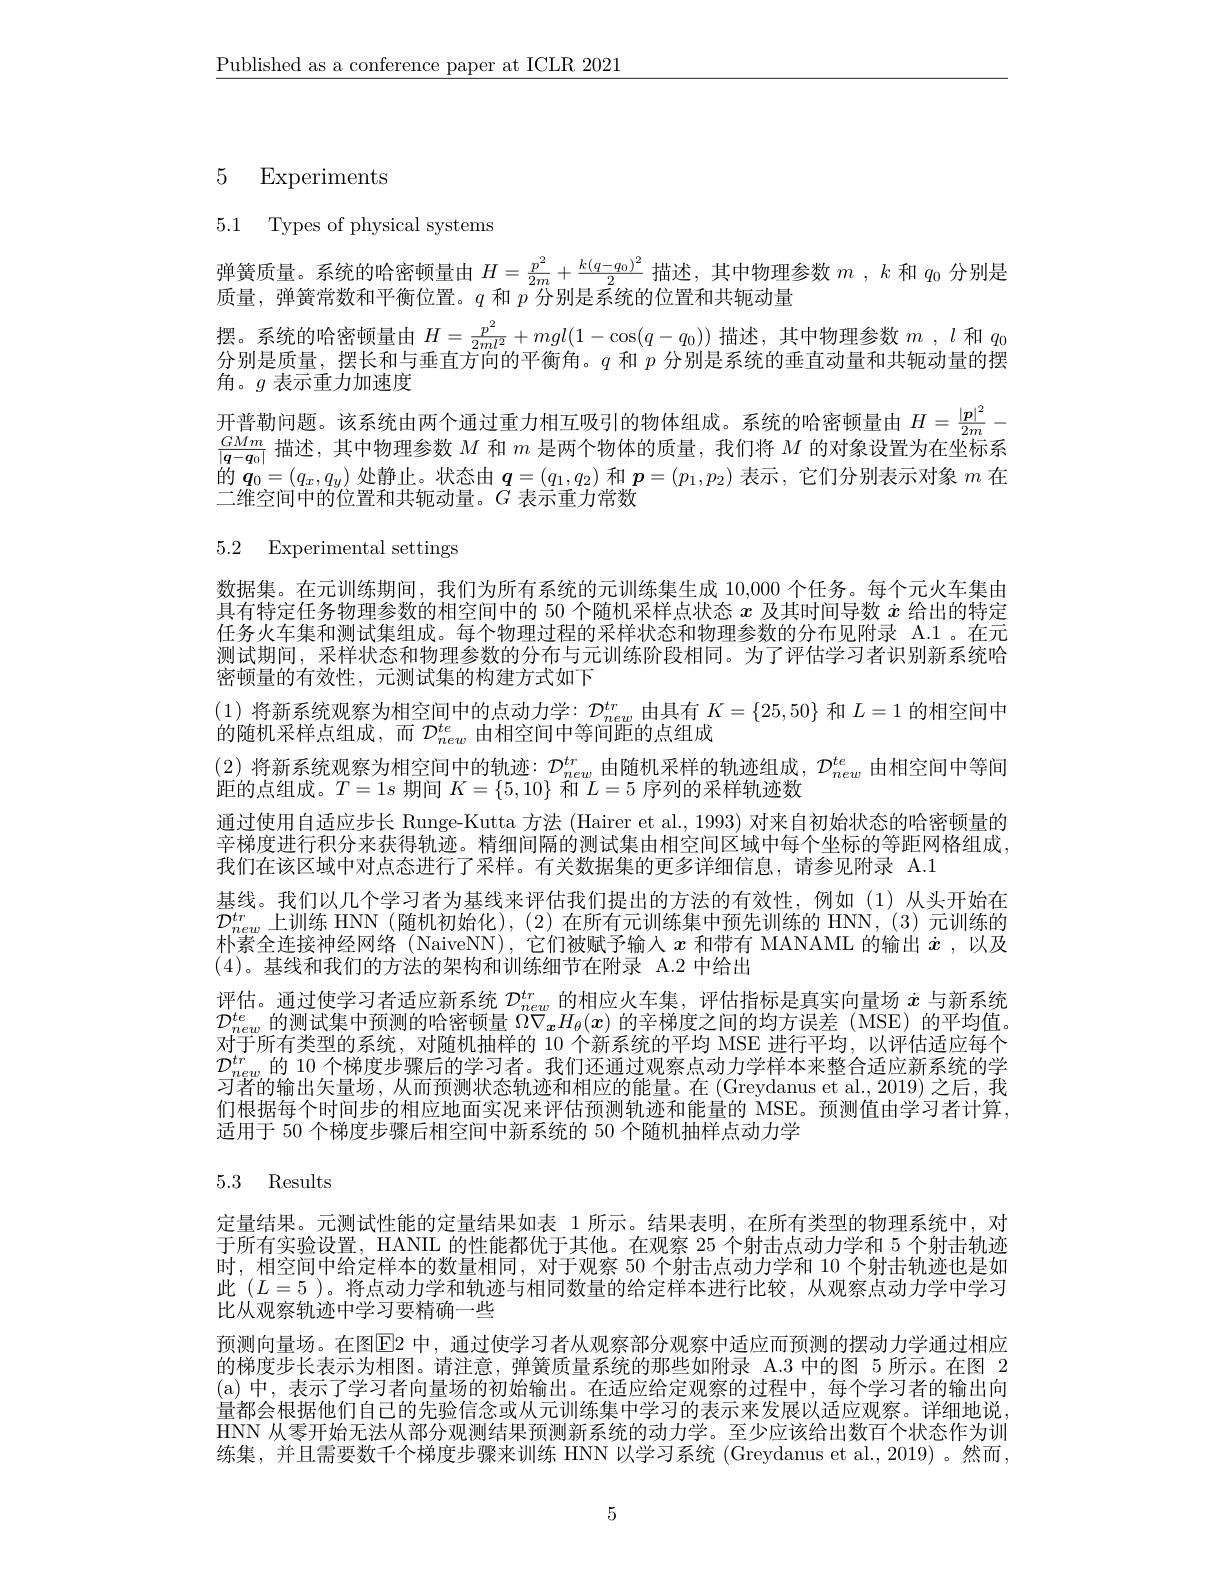
$\underline{\text{Published as a conference paper at ICLR 2021}}$

# 5 Experiments

5.1 Types of physical systems

弹簧质量。系统的哈密顿量由$H=\frac{p^2}{2m}+\frac{k(q-q_0)^2}2$描述，其中物理参数$m$ , $k$和$q_{0}$分别是
质量，弹簧常数和平衡位置。$q$和$p$分别是系统的位置和共轭动量
摆。系统的哈密顿量由$H=\frac{p^2}{2ml^2}+mgl(1-\cos(q-q_0))$描述，其中物理参数$m$ , l 和 $q_0$ 分别是质量，摆长和与垂直方向的平衡角。$q$和$p$分别是系统的垂直动量和共轭动量的摆
角。$g$表示重力加速度
开普勒问题。该系统由两个通过重力相互吸引的物体组成。系统的哈密顿量由$H=\frac{|\boldsymbol{p}|^2}{2m}-$
$\frac{GMm}{\boldsymbol{q}-\boldsymbol{q}_{0}|}$描述，其中物理参数$M$和$m$是两个物体的质量，我们将$M$的对象设置为在坐标系的$\boldsymbol q_0=(q_x,q_y)$处静止。状态由$\boldsymbol q=(q_1,q_2)$和$\boldsymbol p=(p_1,p_2)$表示 ,它们分别表示对象$m$在二维空间中的位置和共轭动量。$G$表示重力常数

5.2 Experimental settings

数据集。在元训练期间，我们为所有系统的元训练集生成 10,000 个任务。每个元火车集由具有特定任务物理参数的相空间中的 50 个随机采样点状态$x$及其时间导数$\dot{x}$给出的特定任务火车集和测试集组成。每个物理过程的采样状态和物理参数的分布见附录 A.1 。在元测试期间，采样状态和物理参数的分布与元训练阶段相同。为了评估学习者识别新系统哈密顿量的有效性，元测试集的构建方式如下
(1)将新系统观察为相空间中的点动力学：$\mathcal{D}_new$由具有$K=\{25,50\}$和$L=1$的相空间中
的随机采样点组成，而$\mathcal{D}_new^{te}$由相空间中等间距的点组成
(2)将新系统观察为相空间中的轨迹：$\mathcal{D}_new^{tr}$由随机采样的轨迹组成，$\mathcal{D}_new^{te}$由相空间中等间
距的点组成。$T=1s$期间$K=\{5,10\}$和$L=5$序列的采样轨迹数
通过使用自适应步长 Runge-Kutta 方法 (Hairer et al., 1993) 对来自初始状态的哈密顿量的辛梯度进行积分来获得轨迹。精细间隔的测试集由相空间区域中每个坐标的等距网格组成， 我们在该区域中对点态进行了采样。有关数据集的更多详细信息，请参见附录 A.1
基线。我们以几个学习者为基线来评估我们提出的方法的有效性，例如(1)从头开始在$\mathcal{D}_{new}^{tr}$上训练 HNN(随机初始化),(2)在所有元训练集中预先训练的 HNN,(3)元训练的朴素全连接神经网络 (NaiveNN),它们被赋予输人$x$和带有 MANAML 的输出$\dot{x}$ ,以及(4)。基线和我们的方法的架构和训练细节在附录 A.2 中给出
评估。通过使学习者适应新系统$D_{new}^{tr}$的相应火车集，评估指标是真实向量场$\dot{x}$与新系统$\mathcal{D}_{new}^{te}$的测试集中预测的哈密顿量$\Omega\nabla_{\boldsymbol{x}}H_{\theta}(x)$的辛梯度之间的均方误差 (MSE)的平均值。对于所有类型的系统，对随机抽样的 10 个新系统的平均 MSE 进行平均，以评估适应每个$\mathcal{D}_{new}^{tr}$的 10 个梯度步骤后的学习者。我们还通过观察点动力学样本来整合适应新系统的学习者的输出矢量场，从而预测状态轨迹和相应的能量。在 (Greydanus et al., 2019)之后，我们根据每个时间步的相应地面实况来评估预测轨迹和能量的 MSE。预测值由学习者计算， 适用于 50 个梯度步骤后相空间中新系统的 50 个随机抽样点动力学

## 5.3 Results

定量结果。元测试性能的定量结果如表 1 所示。结果表明，在所有类型的物理系统中，对于所有实验设置，HANIL 的性能都优于其他。在观察 25 个射击点动力学和 5 个射击轨迹时，相空间中给定样本的数量相同，对于观察 50 个射击点动力学和 10 个射击轨迹也是如此$(L=5$ )。将点动力学和轨迹与相同数量的给定样本进行比较，从观察点动力学中学习比从观察轨迹中学习要精确一些
预测向量场。在图$\color{red}{\mathrm{E}}$2 中，通过使学习者从观察部分观察中适应而预测的摆动力学通过相应的梯度步长表示为相图。请注意，弹簧质量系统的那些如附录 A.3 中的图 5 所示。在图 2 (a)中，表示了学习者向量场的初始输出。在适应给定观察的过程中，每个学习者的输出向量都会根据他们自己的先验信念或从元训练集中学习的表示来发展以适应观察。详细地说HNN 从零开始无法从部分观测结果预测新系统的动力学。至少应该给出数百个状态作为训练集，并且需要数千个梯度步骤来训练 HNN 以学习系统 (Greydanus et al., 2019) 。然而，

5